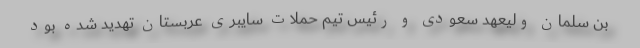
بن سلمان ولیعهد سعودی و رئیس تیم حملات سایبری عربستان تهدید شده بود